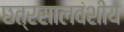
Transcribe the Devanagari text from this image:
छत्रसालवंशीय